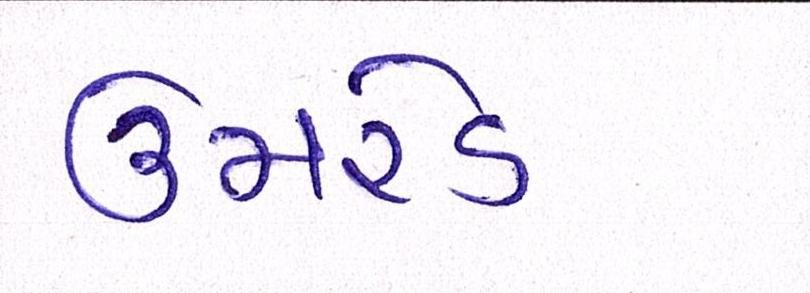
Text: ઉમરેડ